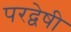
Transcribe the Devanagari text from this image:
परद्वेषी